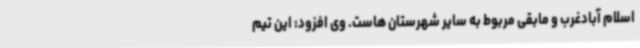
اسلام آبادغرب و مابقی مربوط به سایر شهرستان هاست. وی افزود: این تیم